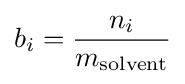
b_{i}={\frac {n_{i}}{m_{\mathrm {solvent} }}}